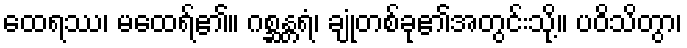
ထေရဿ၊ မထေရ်၏။ ဂစ္ဆန္တရံ၊ ချုံတစ်ခု၏အတွင်းသို့။ ပဝိသိတွာ၊